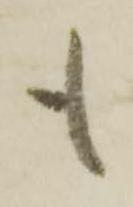
も